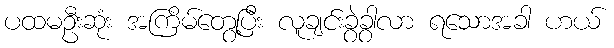
ပထမဦးဆုံး အကြိမ်တွေ့ပြီး လူချင်းခွဲခွာလာ ရသောအခါ ဟယ်